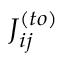
J _ { i j } ^ { ( t o ) }